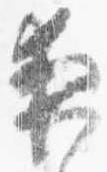
夜